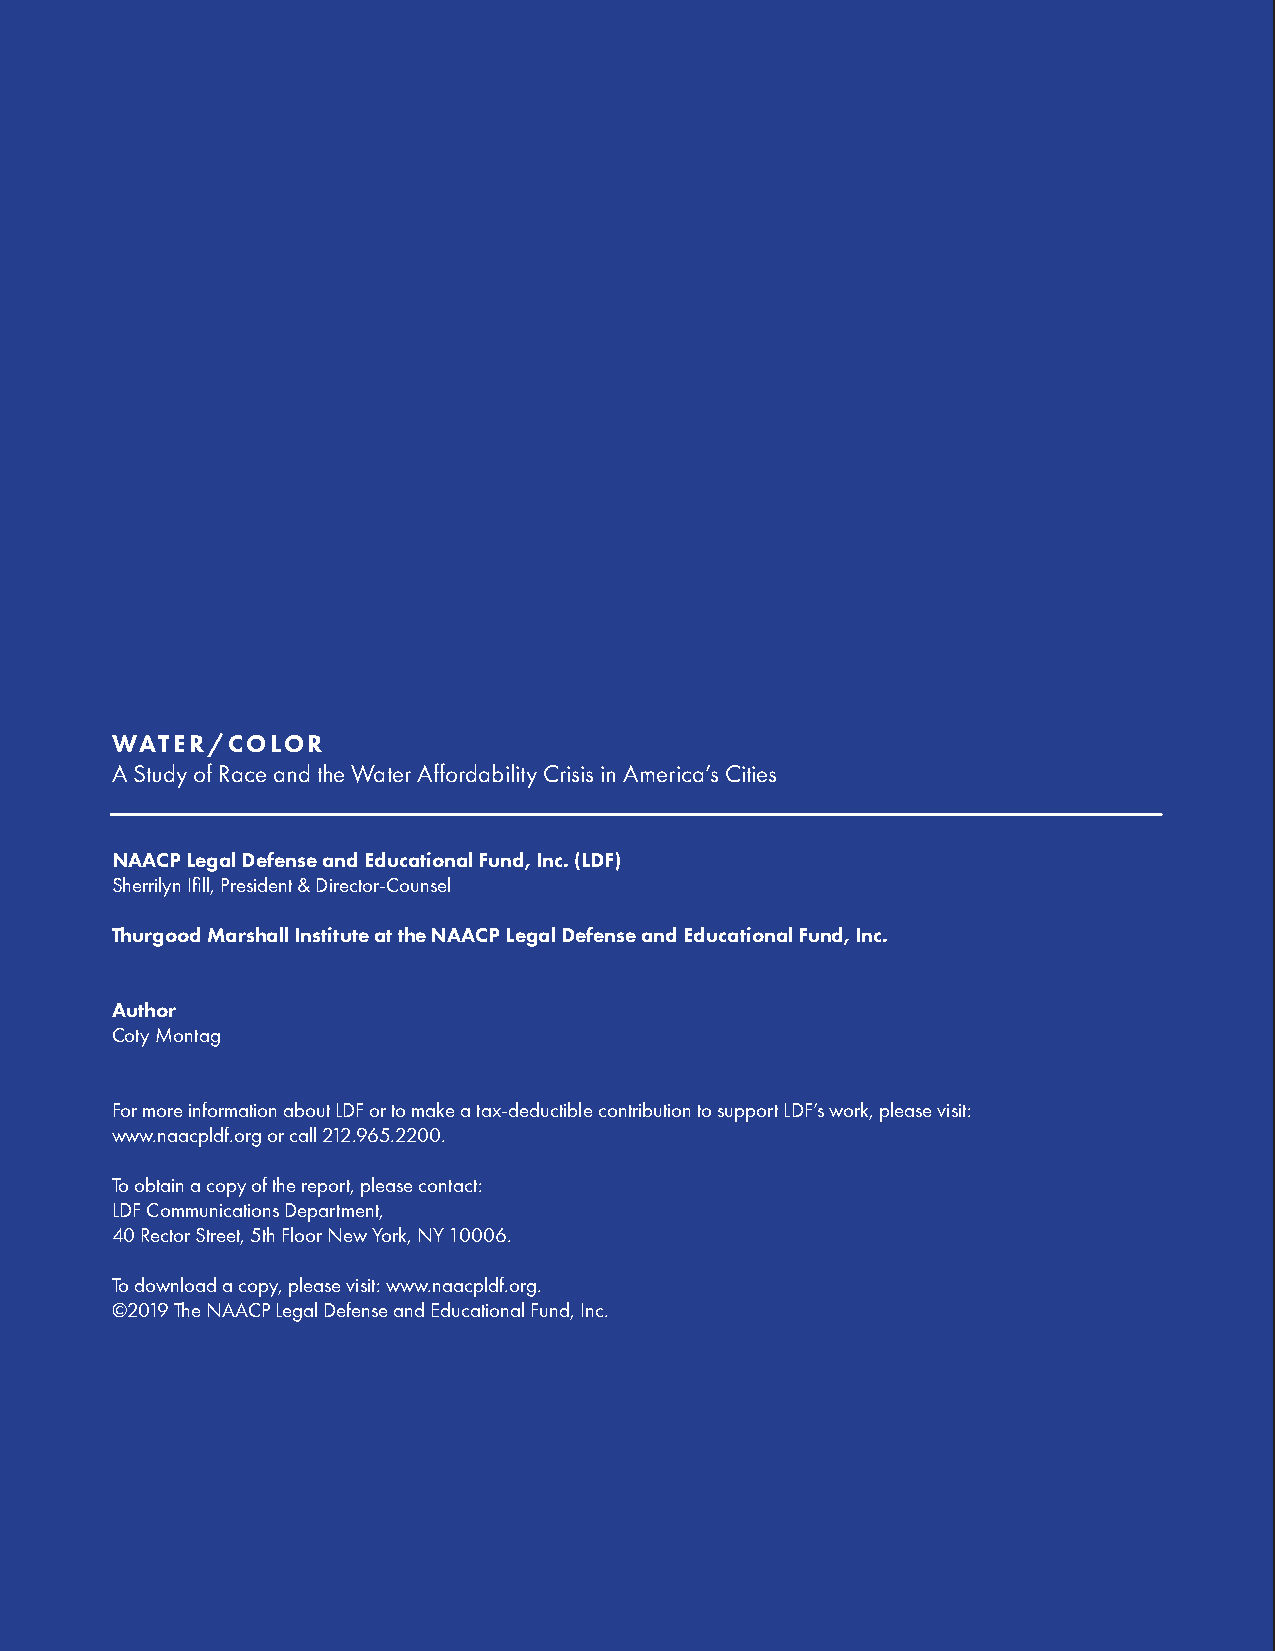
WATER/COLOR
 A Study of Race and the Water Affordability Crisis in America’s Cities
 NAACP Legal Defense and Educational Fund, Inc. (LDF)
 Sherrilyn Ifill, President & Director-Counsel
 Thurgood Marshall Institute at the NAACP Legal Defense and Educational Fund, Inc.
 Author
 Coty Montag
 For more information about LDF or to make a tax-deductible contribution to support LDF’s work, please visit:
 www.naacpldf.org or call 212.965.2200.
 To obtain a copy of the report, please contact:
 LDF Communications Department,
 40 Rector Street, 5th Floor New York, NY 10006.
 To download a copy, please visit: www.naacpldf.org.
 ©2019 The NAACP Legal Defense and Educational Fund, Inc.
 2